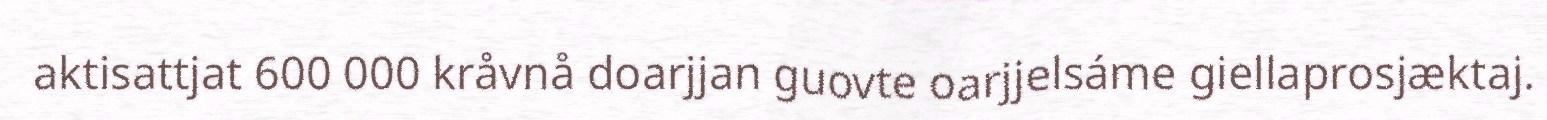
aktisattjat 600 000 kråvnå doarjjan guovte oarjjelsáme giellaprosjæktaj.